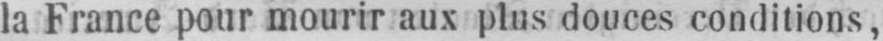
la France pour mourir aux plus douces conditions,